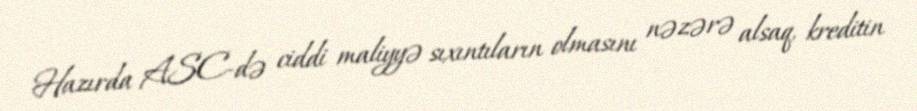
Hazırda ASC-də ciddi maliyyə sıxıntıların olmasını nəzərə alsaq, kreditin